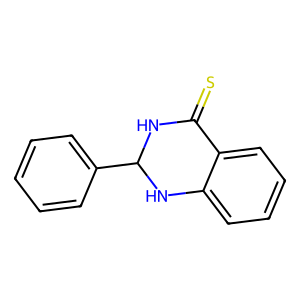
SMILES: S=C1NC(c2ccccc2)Nc2ccccc21
Inhibits HIV replication: No